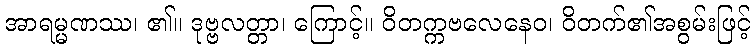
အာရမ္မဏဿ၊ ၏။ ဒုဗ္ဗလတ္တာ၊ ကြောင့်။ ဝိတက္ကဗလေနေဝ၊ ဝိတက်၏အစွမ်းဖြင့်